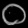
Digit: ၀